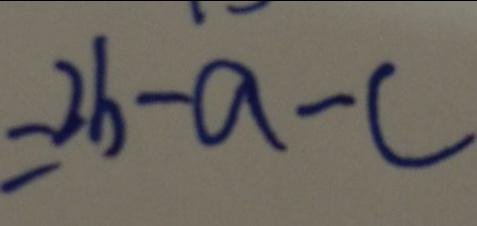
= 2 b - a - c